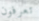
تعرفون